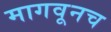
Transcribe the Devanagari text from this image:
मागवूनच